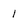
Character: l